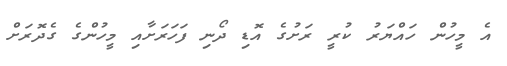
އެ މީހުން ހައްޔަރު ކުރީ ރަށުގެ އޮޑި ދޯނި ފަހަރަށާއި މީހުންގެ ގެދޮރަށް